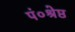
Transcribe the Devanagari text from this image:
पं०श्रेष्ठ